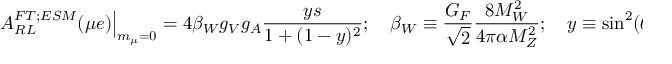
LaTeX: \left. A _ { R L } ^ { F T ; E S M } ( \mu e ) \right\vert _ { m _ { \mu } = 0 } = 4 \beta _ { W } g _ { V } g _ { A } \frac { y s } { 1 + ( 1 - y ) ^ { 2 } } ; \quad \beta _ { W } \equiv \frac { G _ { F } } { \sqrt { 2 } } \frac { 8 M _ { W } ^ { 2 } } { 4 \pi \alpha M _ { Z } ^ { 2 } } ; \quad y \equiv \sin ^ { 2 } ( \theta / 2 ) ,